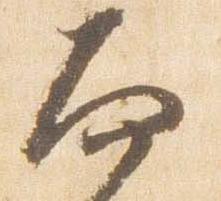
面